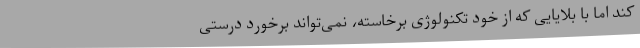
کند اما با بلایایی که از خود تکنولوژی برخاسته، نمی‌تواند برخورد درستی